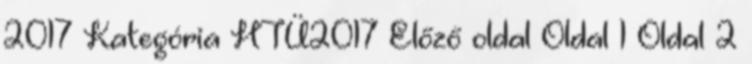
2017 Kategória HTÜ2017 Előző oldal Oldal 1 Oldal 2